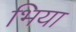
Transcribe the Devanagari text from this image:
भिया